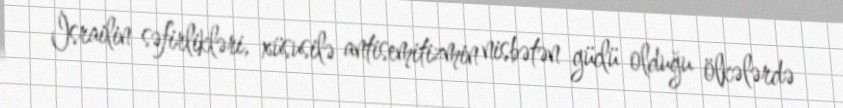
İsrailin səfirlikləri, xüsusilə antisemitizmin nisbətən güclü olduğu ölkələrdə